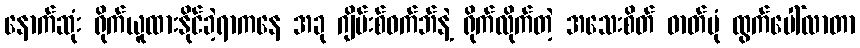
နောက်ဆုံး ရိုက်ယူထားနိုင်ခဲ့ရာကနေ အခု ဂျိမ်းစ်ဝက်ဘ်နဲ့ ရိုက်လိုက်တဲ့ အသေးစိတ် ဓာတ်ပုံ ထွက်ပေါ်လာတာ